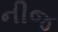
નીજ